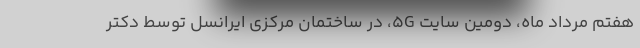
هفتم مرداد ماه، دومین سایت 5G، در ساختمان مرکزی ایرانسل توسط دکتر